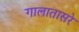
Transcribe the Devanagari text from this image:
गालातासरे